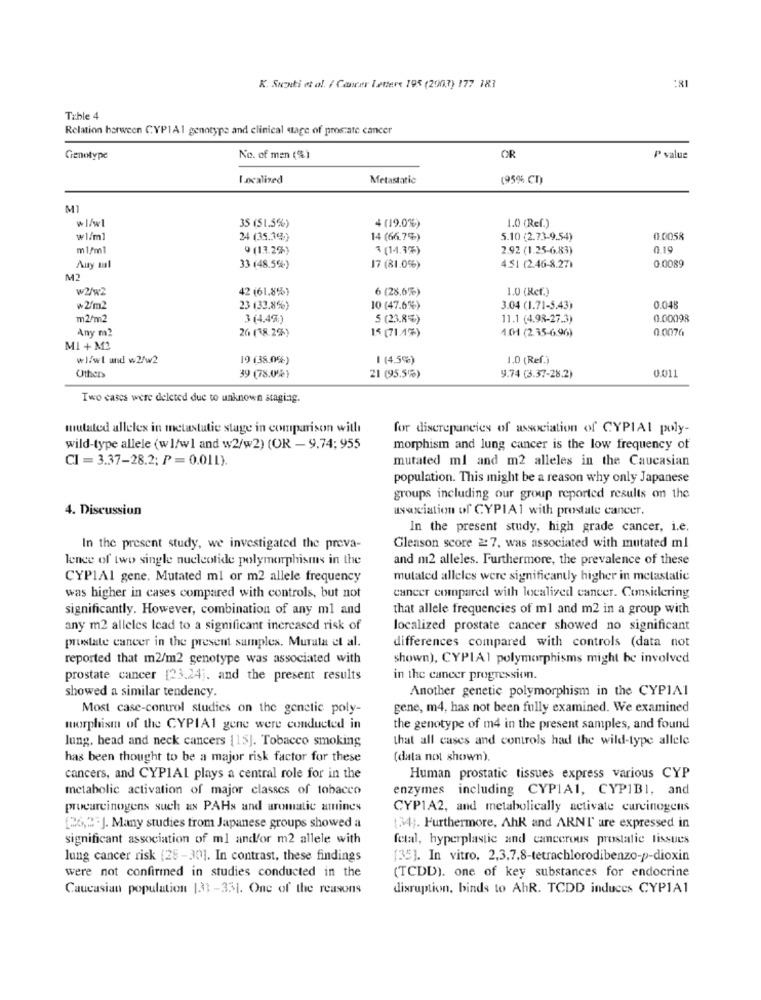
K. Suoxti et al. / Cancer Lettere 195 (2003) 177 183
:8I
Table 4
Relation harween CYP1A1 genotype and clinical stage of prostate cancer
Genotype
No. of men (%)
OR
P value
localized
Metastatic
(95% CI)
MI
35 (51.5%)
4 (19.0%)
1.0 (Ref.)
₩1/ml
24 (35,3%)
14 (66.7%)
5.10 (2.73-9.54)
0.0058
m1/m1
9 (13.2%)
1 (1-4.3%)
2.92 (1.25-6.83)
0.19
Auy ml
33 (48.5%)
17 (81.0%)
4.51 (2.46-8.27)
0.0089
M2
W2/w2
42 (61.8%)
6 (28.6%)
1.0 (Ref.)
₩2/m2
23 (33.8%)
10 (47.6%)
3.04 (1.71-5.43)
0.048
m2/m2
3 (4.4%)
5 (23.8)
11.1 (4.98-27.3)
0.00098
Any m2
26 (38.2%)
15 (71/17)
1.04 (2 35-6.96)
0 0076
MI + M2
wl/wl and w2/w2
19 (38.0%)
1 (4.5%)
1.0 (Ref.)
0.011
Others
39 (78.0%)
21 (95.5%)
9.74 (3.37-28.2)
Two cases were deleted due to unknown staging.
mutated allelex in metastatic stage in comparison with
for discrepancies of association of CYPIAL poly-
wild-type allele (w1/w1 and w2/w2) (OR - 9.74; 955
morphism and lung cancer is the low frequency of
CI = 3.37-28.2; P = 0.011).
mutated ml and m2 alleles in the Caucasian
population. This might be a reason why only Japanese
groups including our group reported results on the
4. Discussion
uswxciation of CYPIA1 with prostate cancer.
In the present study, high grade cancer, i.e.
In the present study, we investigated the preva-
Gleason score 2:7. was associated with mutated ml
lence of two single nucleotide polymorphisms in the
and m2 alleles. Furthermore, the prevalence of these
CYPIAl gene. Mutated ml or m2 allele frequency
mutated alleles were significantly higher in metastatic
was higher in cases compared with controls, but not
cancer compared with localized cancer. Considering
significantly. However, combination of any ml and
that allele frequencies of ml and m2 in a group with
any m2 alleles lead to a significant increased risk of
localized prostate cancer showed no significant
differences compared with controls (data not
prostate cancer in the present samples. Murata et al.
reported that m2/m2 genotype was associated with
shown), CYPIA1 polymorphisms might be involved
prostate cancer [23,24]. and the present results
in the cancer progression.
showed a similar tendency.
Another genetic polymorphism in the CYPIAI
Most case-control studies on the genetic poly-
gene, m4, has not been fully examined. We examined
morphism of the CYPIA1 gene were conducted in
the genotype of m4 in the present samples, and found
lung, head and neck cancers [15]. Tobacco smoking
that all cases and controls had the wild-type allele
has been thought to be a major risk factor for these
(data not shown).
cancers, and CYPIAL plays a central role for in the
Human prostatic tissues express various CYP
metabolic activation of major classes of tobacco
enzymes including CYPIA1, CYP1B1, and
procarcinogens such as PAHs and aromatic amines
CYP1A2, and metabolically activate carcinogens
[26,2-J. Many studies from Japanese groups showed a
(34). Furthermore, Ahk and ARNT are expressed in
significant association of ml andfor m2 allele with
fetal, hyperplastic and cancerous prostatic lissues
lung cancer risk (28-301. In contrast, these findings
[35]. In vitro, 2,3,7,8-tetrachlorodibenzo-p-dioxin
were not confirmed in studies conducted in the
(TCDD). one of key substances for endocrine
Caucasian population 1331-331. One of the reasons
disruption, binds to AhR. TCDD induces CYPIA1